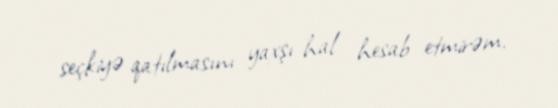
seçkiyə qatılmasını yaxşı hal hesab etmirəm.